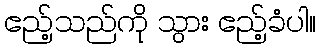
ဧည့်သည်ကို သွား ဧည့်ခံပါ။